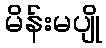
မိန်းမပျို